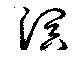
溟